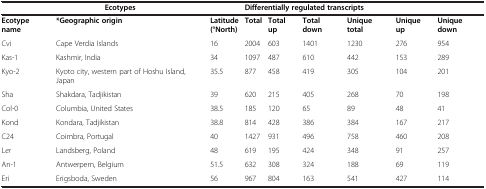
<table><thead><tr><td colspan="3"><b>Ecotypes</b></td><td colspan="6"><b>Differentially regulated transcripts</b></td></tr></thead><tbody><tr><td><b>Ecotype name</b></td><td><b>*Geographic origin</b></td><td><b>Latitude (°North)</b></td><td><b>Total</b></td><td><b>Total up</b></td><td><b>Total down</b></td><td><b>Unique total</b></td><td><b>Unique up</b></td><td><b>Unique down</b></td></tr><tr><td>Cvi</td><td>Cape Verdia Islands</td><td>16</td><td>2004</td><td>603</td><td>1401</td><td>1230</td><td>276</td><td>954</td></tr><tr><td>Kas-1</td><td>Kashmir, India</td><td>34</td><td>1097</td><td>487</td><td>610</td><td>442</td><td>153</td><td>289</td></tr><tr><td>Kyo-2</td><td>Kyoto city, western part of Hoshu Island, Japan</td><td>35.5</td><td>877</td><td>458</td><td>419</td><td>305</td><td>104</td><td>201</td></tr><tr><td>Sha</td><td>Shakdara, Tadjikistan</td><td>39</td><td>620</td><td>215</td><td>405</td><td>268</td><td>70</td><td>198</td></tr><tr><td>Col-0</td><td>Columbia, United States</td><td>38.5</td><td>185</td><td>120</td><td>65</td><td>89</td><td>48</td><td>41</td></tr><tr><td>Kond</td><td>Kondara, Tadjikistan</td><td>38.8</td><td>814</td><td>428</td><td>386</td><td>384</td><td>167</td><td>217</td></tr><tr><td>C24</td><td>Coimbra, Portugal</td><td>40</td><td>1427</td><td>931</td><td>496</td><td>758</td><td>460</td><td>208</td></tr><tr><td>L<i>er</i></td><td>Landsberg, Poland</td><td>48</td><td>619</td><td>195</td><td>424</td><td>348</td><td>91</td><td>257</td></tr><tr><td>An-1</td><td>Antwerpern, Belgium</td><td>51.5</td><td>632</td><td>308</td><td>324</td><td>188</td><td>69</td><td>119</td></tr><tr><td>Eri</td><td>Erigsboda, Sweden</td><td>56</td><td>967</td><td>804</td><td>163</td><td>541</td><td>427</td><td>114</td></tr></tbody></table>